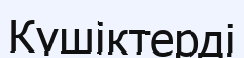
Күшіктерді